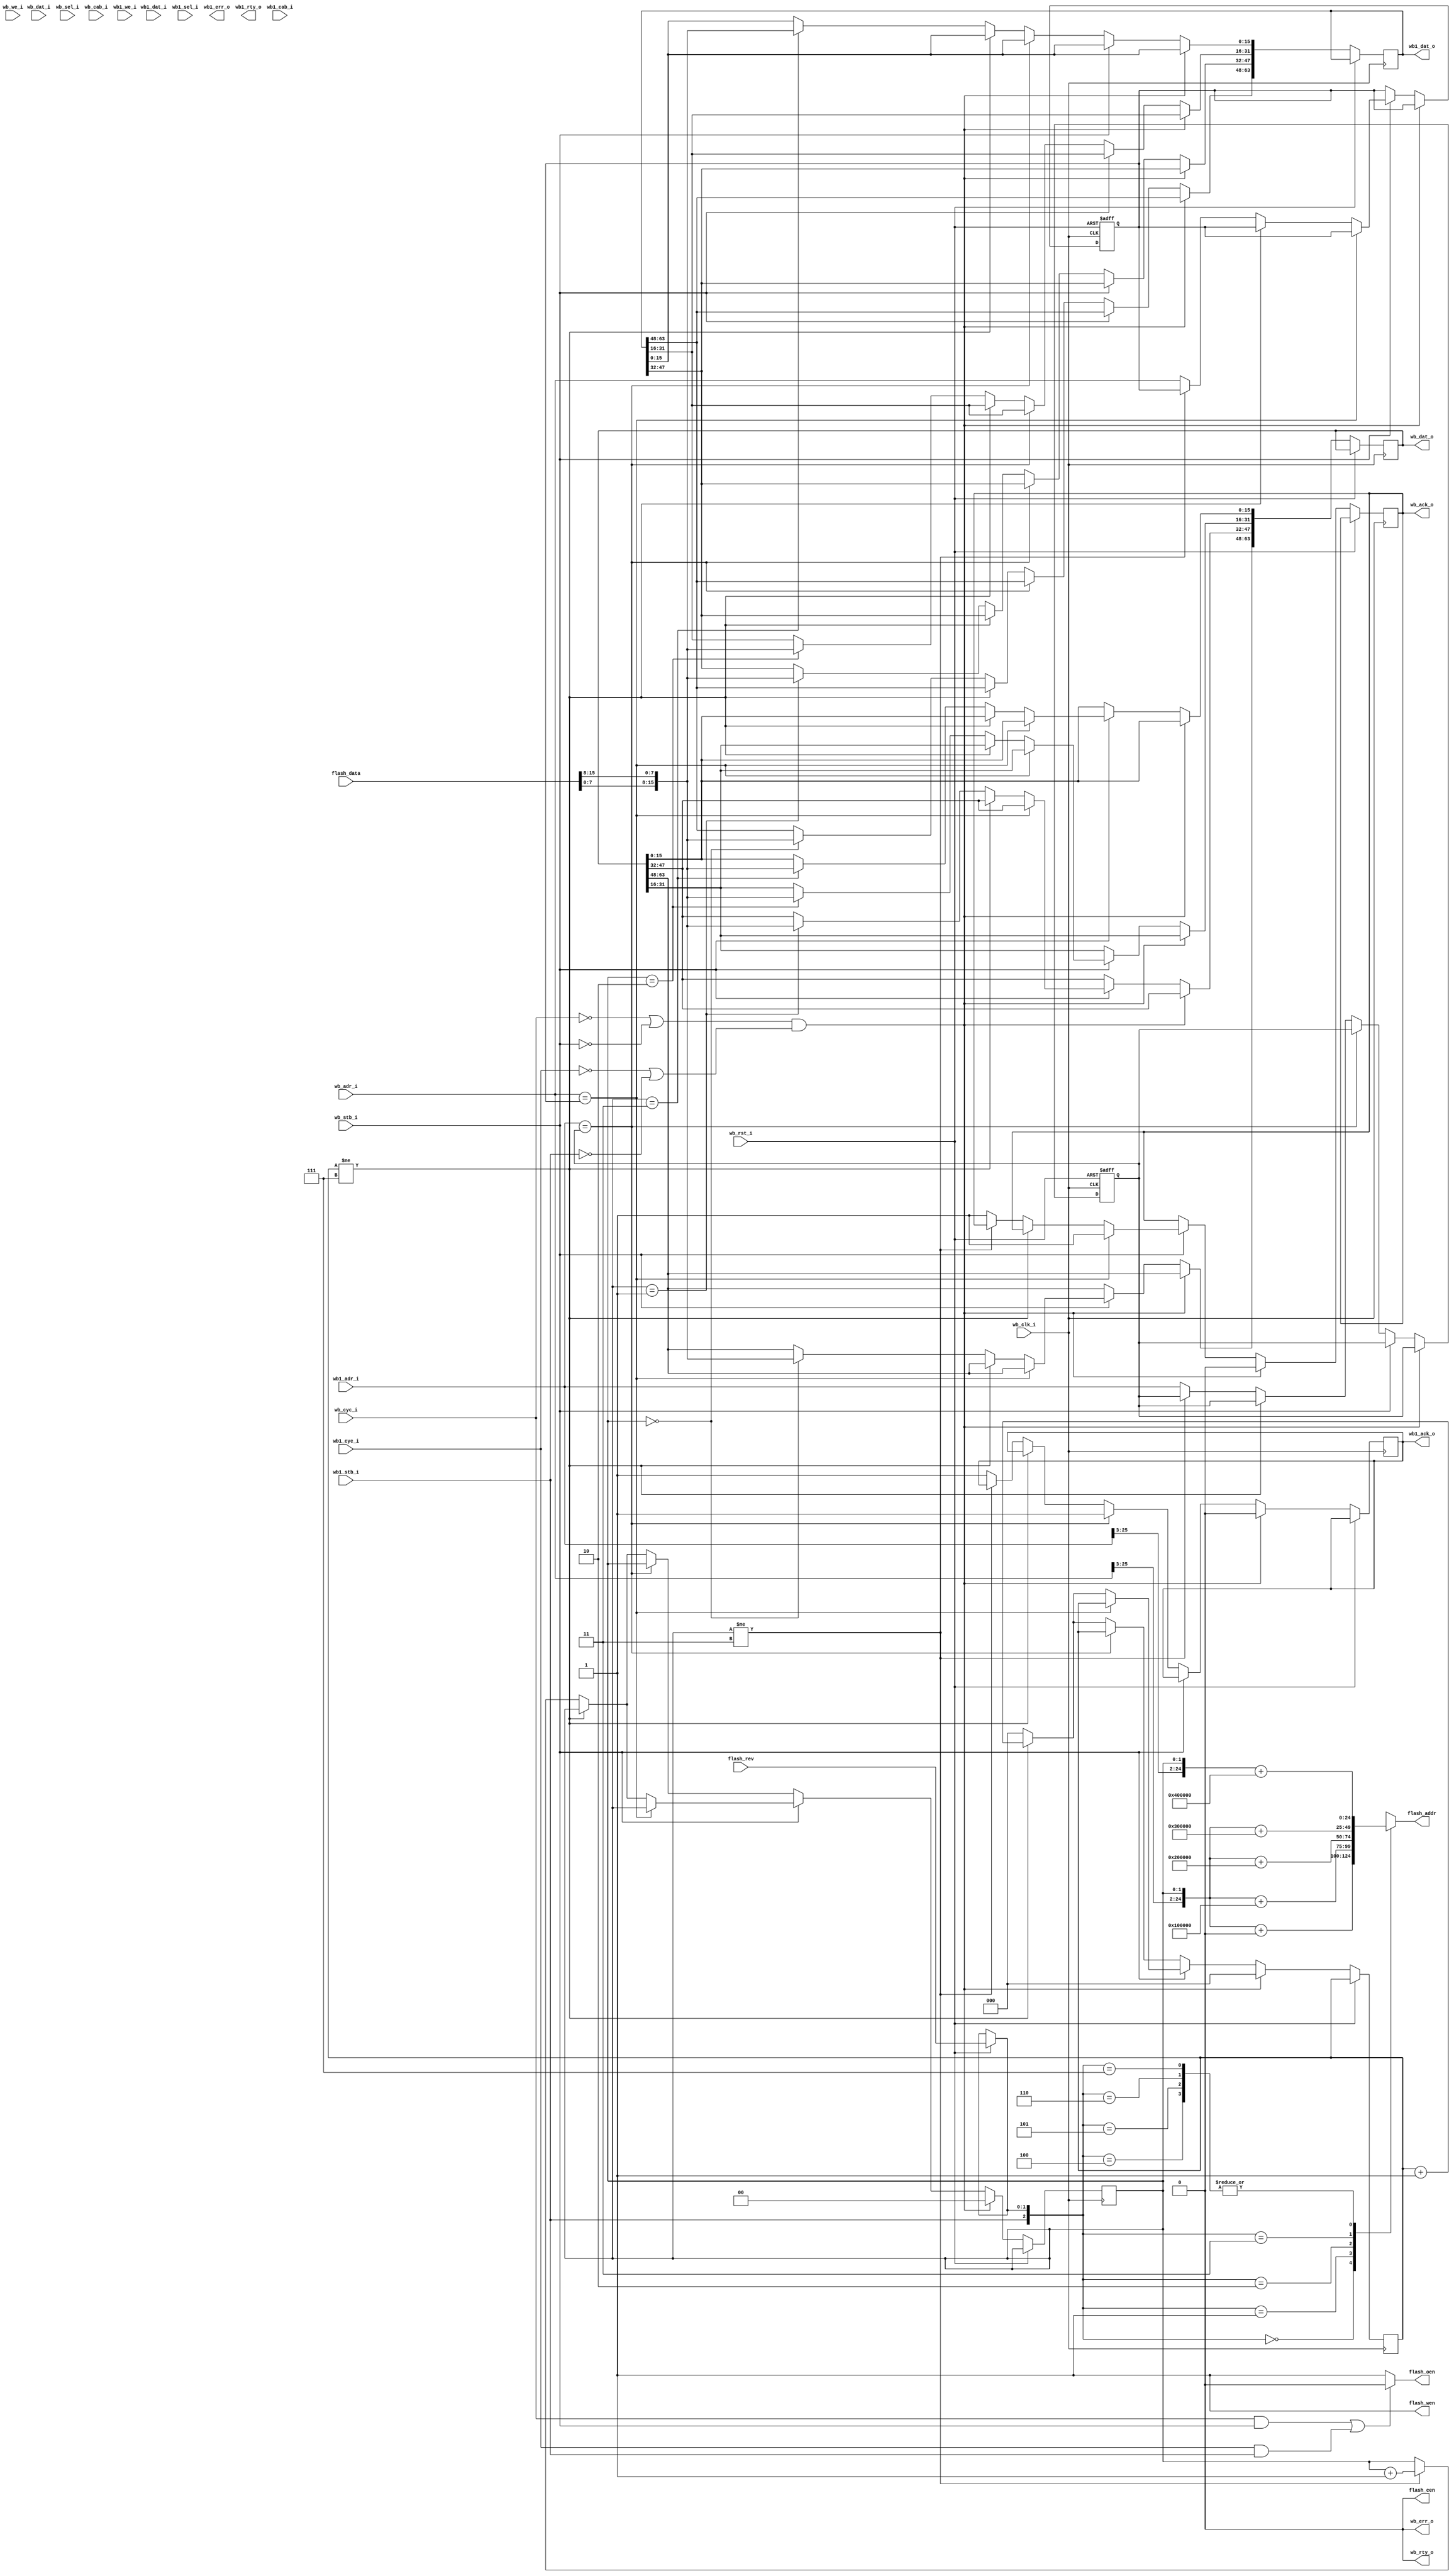
`timescale 1ns / 1ps
//////////////////////////////////////////////////////////////////////////////////
// Company:  (C) Athree, 2009
// Email dmitry.rozhdestvenskiy@srisc.com dmitryr@a3.spb.ru divx4log@narod.ru
// 
// Design Name:    Wishbone NOR flash controller
// Module Name:    wbflash 
// Project Name:   SPARC SoC single-core
//
// LICENSE:
// This is a Free Hardware Design; you can redistribute it and/or
// modify it under the terms of the GNU General Public License
// version 2 as published by the Free Software Foundation.
// The above named program is distributed in the hope that it will
// be useful, but WITHOUT ANY WARRANTY; without even the implied
// warranty of MERCHANTABILITY or FITNESS FOR A PARTICULAR PURPOSE.
// See the GNU General Public License for more details.
//
//////////////////////////////////////////////////////////////////////////////////
module WBFLASH(
    input             wb_clk_i,
    input             wb_rst_i,
    
    input      [63:0] wb_dat_i, 
    output     [63:0] wb_dat_o, 
    input      [63:0] wb_adr_i, 
    input      [ 7:0] wb_sel_i, 
    input             wb_we_i, 
    input             wb_cyc_i, 
    input             wb_stb_i, 
    output reg        wb_ack_o, 
    output            wb_err_o, 
    output            wb_rty_o, 
    input             wb_cab_i,
     
    input      [63:0] wb1_dat_i, 
    output     [63:0] wb1_dat_o, 
    input      [63:0] wb1_adr_i, 
    input      [ 7:0] wb1_sel_i, 
    input             wb1_we_i, 
    input             wb1_cyc_i, 
    input             wb1_stb_i, 
    output reg        wb1_ack_o, 
    output            wb1_err_o, 
    output            wb1_rty_o, 
    input             wb1_cab_i,

    output reg [24:0] flash_addr,
    input      [15:0] flash_data,
    output            flash_oen,
    output            flash_wen,
    output            flash_cen,
    input      [ 1:0] flash_rev
     //output            flash_ldn
);

assign wb_err_o=0;
assign wb_rty_o=0;

reg  [1:0] wordcnt;
reg  [2:0] cyclecnt;
reg [63:0] wb_dat;
reg [63:0] wb1_dat;
reg [63:0] wb_dat_inv;
reg [63:0] cache_addr;
reg [63:0] cache_addr1;

always @(posedge wb_clk_i or posedge wb_rst_i)
   if(wb_rst_i)
      begin
         cache_addr<=64'b0;
         cache_addr1<=64'b0;
      end
   else
      if((!wb_cyc_i || !wb_stb_i) && (!wb1_cyc_i || !wb1_stb_i))
         begin
            wordcnt<=2'b00;
            cyclecnt<=3'b000;
            wb_ack_o<=0;
            wb1_ack_o<=0;
         end
      else
         if(wb_stb_i)
            if(wb_adr_i==cache_addr)
               wb_ack_o<=1;
            else
               if(cyclecnt!=3'b111)
                  cyclecnt<=cyclecnt+1;
               else
                  begin
                     cyclecnt<=0;
                     case(wordcnt)
                        2'b00:wb_dat[63:48]<={flash_data[7:0],flash_data[15:8]};
                        2'b01:wb_dat[47:32]<={flash_data[7:0],flash_data[15:8]};
                        2'b10:wb_dat[31:16]<={flash_data[7:0],flash_data[15:8]};
                        2'b11:wb_dat[15: 0]<={flash_data[7:0],flash_data[15:8]};
                     endcase
                     if(wordcnt!=2'b11)
                        wordcnt<=wordcnt+1;
                     else
                        begin
                           wb_ack_o<=1;
                           cache_addr<=wb_adr_i;
                        end
                  end      
         else
            if(wb1_adr_i==cache_addr1)
               wb1_ack_o<=1;
            else
               if(cyclecnt!=3'b111)
                  cyclecnt<=cyclecnt+1;
               else
                   begin
                      cyclecnt<=0;
                      case(wordcnt)
                         2'b00:wb1_dat[63:48]<={flash_data[7:0],flash_data[15:8]};
                         2'b01:wb1_dat[47:32]<={flash_data[7:0],flash_data[15:8]};
                         2'b10:wb1_dat[31:16]<={flash_data[7:0],flash_data[15:8]};
                         2'b11:wb1_dat[15: 0]<={flash_data[7:0],flash_data[15:8]};
                      endcase
                      if(wordcnt!=2'b11)
                         wordcnt<=wordcnt+1;
                      else
                         begin
                            wb1_ack_o<=1;
                            cache_addr1<=wb1_adr_i;
                         end
                   end      

assign wb_dat_o=wb_dat;
assign wb1_dat_o=wb1_dat;

wire [1:0] flash_rev_d;

assign flash_rev_d=wb_rst_i ? flash_rev:flash_rev_d;

always @( * )
   case({wb1_stb_i,flash_rev_d})
      3'b000:flash_addr<={wb_adr_i[25:3],wordcnt}+25'h0000000;
      3'b001:flash_addr<={wb_adr_i[25:3],wordcnt}+25'h0100000;
      3'b010:flash_addr<={wb_adr_i[25:3],wordcnt}+25'h0200000;
      3'b011:flash_addr<={wb_adr_i[25:3],wordcnt}+25'h0300000;
      3'b100:flash_addr<={wb1_adr_i[25:3],wordcnt}+25'h0400000;
      3'b101:flash_addr<={wb1_adr_i[25:3],wordcnt}+25'h0400000;
      3'b110:flash_addr<={wb1_adr_i[25:3],wordcnt}+25'h0400000;
      3'b111:flash_addr<={wb1_adr_i[25:3],wordcnt}+25'h0400000;
   endcase

assign flash_oen=((wb_cyc_i && wb_stb_i) || (wb1_cyc_i && wb1_stb_i) ? 0:1);
assign flash_wen=1;
assign flash_cen=0;

endmodule